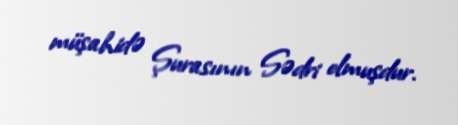
müşahidə Şurasının Sədri olmuşdur.